Sanitation, dispensaries and jails vaccination Rajputana 1922-1927 - 1922-1927
Year: 1922
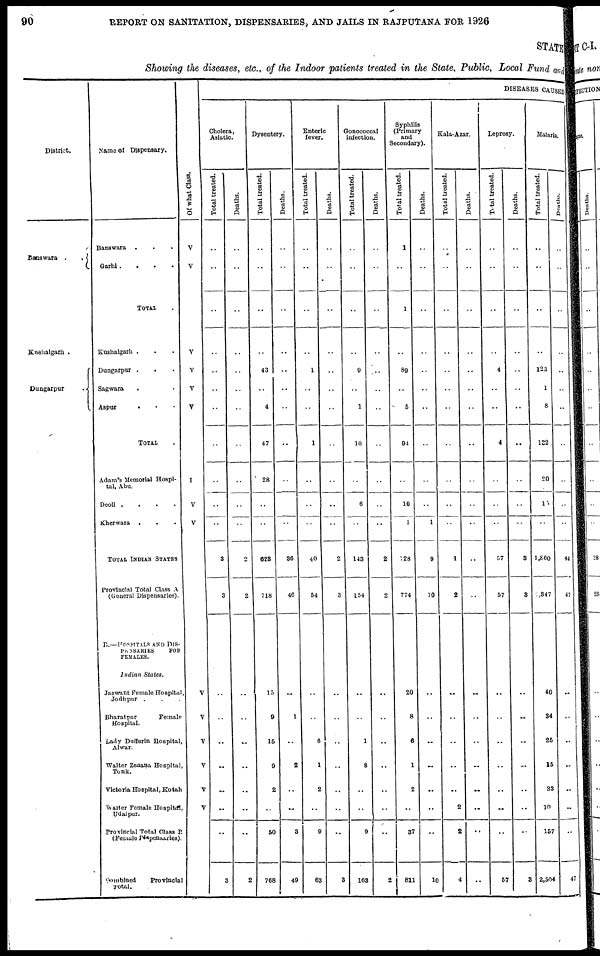
90
REPORT ON SANITATION, DISPENSARIES, AND JAILS IN RAJPUTANA FOR 1926
STATE
Showing the diseases, etc., of the Indoor patients treated in the State, Public, Local Fund and
District.
Banswara
.
.
Kushalgarh .
Dungarpur
.
Name of Dispensary.
Banswara ...
Garhi
....
TOTAL .
Kushalgarh ...
Dungarpur ...
Sagwara
...
Aspur
...
TOTAL .
Adam's Memorial Hospi-
tal, Abu.
Deoil
....
Kherwara ...
TOTAL INDIAN STATES
Provincial Total Class A
(General Dispensaries).
B.—HOSPITALS AND DIS¬
PENSARIES
FOR
FEMALES.
Indian
States.
Jaswant Female Hospital,
Jodhpur ...
Bharatpur
Female
Hospital.
Lady Dufferin Hospital,
Alwar.
Walter Zenana Hospital,
Tonk.
Victoria Hospital, Kotah
Walter Female Hospital,
Udaipur.
Provincial Total Class B
(Female Dispensaries).
Combined
Provincial
Total.
Of what Class.
V
V
..
V
V
V
V
..
I
V
V
V
V
V
V
V
V
DISEASES CAUSED
Cholera,
Asiatic.
Tot al treated.
..
..
..
..
..
..
..
..
..
..
..
3
3
..
..
..
..
..
..
..
3
Deaths.
..
..
..
..
..
..
..
..
..
..
..
2
2
..
..
..
..
..
..
..
2
Dysentery.
Total treated.
..
..
..
..
43
..
4
47
28
..
..
623
718
15
9
15
9
2
..
50
768
Deaths.
..
..
..
..
..
..
..
..
..
..
..
36
46
..
1
..
2
..
..
3
49
Enteric
lever.
Total treated.
..
..
..
..
1
..
..
1
..
..
..
40
54
..
..
6
1
2
..
9
63
Deaths.
..
..
..
..
..
..
..
..
..
..
..
2
3
..
..
..
..
..
..
..
3
Gonococcal
infection.
Total treated.
..
..
..
..
9
..
1
10
..
6
..
143
154
..
..
1
8
..
..
9
163
Deaths.
..
..
..
..
..
..
..
..
..
..
..
2
2
..
..
..
..
..
..
..
2
Syphilis
(Primary
and
Secondary).
Total treated.
1
..
1
..
89
..
5
94
..
10
1
728
774
20
8
6
1
2
..
37
811
Deaths.
..
..
..
..
..
..
..
..
..
..
1
9
10
..
..
..
..
..
..
..
10
Kala-Azar.
Total treated.
..
..
..
..
..
..
..
..
..
..
..
1
2
..
..
..
..
..
2
2
4
Deaths.
..
..
..
..
..
..
..
..
..
..
..
..
..
..
..
..
..
..
..
..
..
Leprosy.
Total treated.
..
..
..
..
4
..
..
4
..
..
..
57
57
..
..
..
..
..
..
..
57
Deaths.
..
..
..
..
..
..
..
..
..
..
..
3
8
..
..
..
..
..
..
..
3
Malaria.
Total treated.
..
..
..
..
123
1
8
132
20
15
..
1,860
2,847
40
34
25
15
33
10
157
2,504
Deaths.
..
..
..
..
..
..
..
..
..
..
..
44
47
..
..
..
..
..
..
..
47